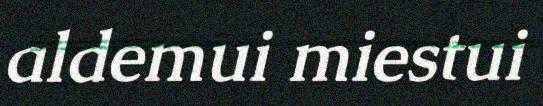
aldemui miestui